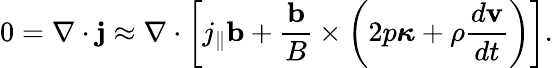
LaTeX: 0=\nabla\cdot\mathbf{j}\approx\nabla\cdot\left[j_{\| }\mathbf{b}+\frac{\mathbf{b}}{B}\times\left(2p\boldsymbol{\kappa}+\rho\frac{d{\mathbf{v}}}{dt}\right)\right].